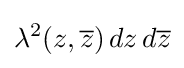
\lambda ^{2}(z,{\overline {z}})\,dz\,d{\overline {z}}